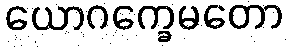
ယောဂက္ခေမတော